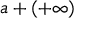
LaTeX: a + ( + \infty )